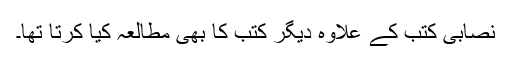
نصابی کتب کے علاوہ دیگر کتب کا بھی مطالعہ کیا کرتا تھا۔